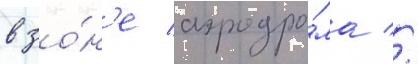
в зо́н'е аэродро́ма //